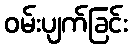
ဝမ်းပျက်ခြင်း